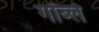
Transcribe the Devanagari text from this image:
गॉब्ले